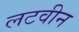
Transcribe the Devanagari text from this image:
लटवीन